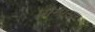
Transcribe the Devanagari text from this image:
पाम्पस